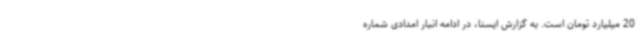
20 میلیارد تومان است. به گزارش ایسنا، در ادامه انبار امدادی شماره